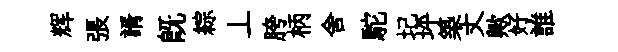
辉張諝既綜丄胯柄舍駝圮坪築丈歟好誰